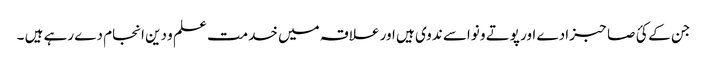
جن کے کئ صاحبزادے اور پوتے و نواسے ندوی ہیں اور علاقہ میں خدمت علم و دین انجام دے رہے ہیں ۔